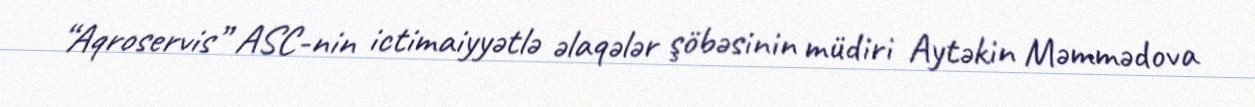
“Aqroservis” ASC-nin ictimaiyyətlə əlaqələr şöbəsinin müdiri Aytəkin Məmmədova